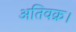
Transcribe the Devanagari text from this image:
अतिवक्र।